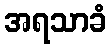
အရသာခံ